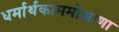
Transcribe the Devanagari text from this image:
धर्मार्थकाममोक्षाणा